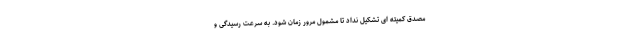
مصدق کمیته ای تشکیل نداد تا مشمول مرور زمان شود. به سرعت رسیدگی و